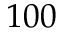
1 0 0